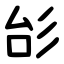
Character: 㣍